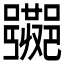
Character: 𲆡